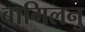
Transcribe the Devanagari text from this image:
बागिलनु